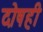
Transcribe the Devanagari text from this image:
दोषही